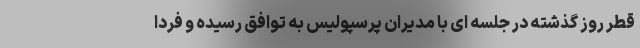
قطر روز گذشته در جلسه ای با مدیران پرسپولیس به توافق رسیده و فردا